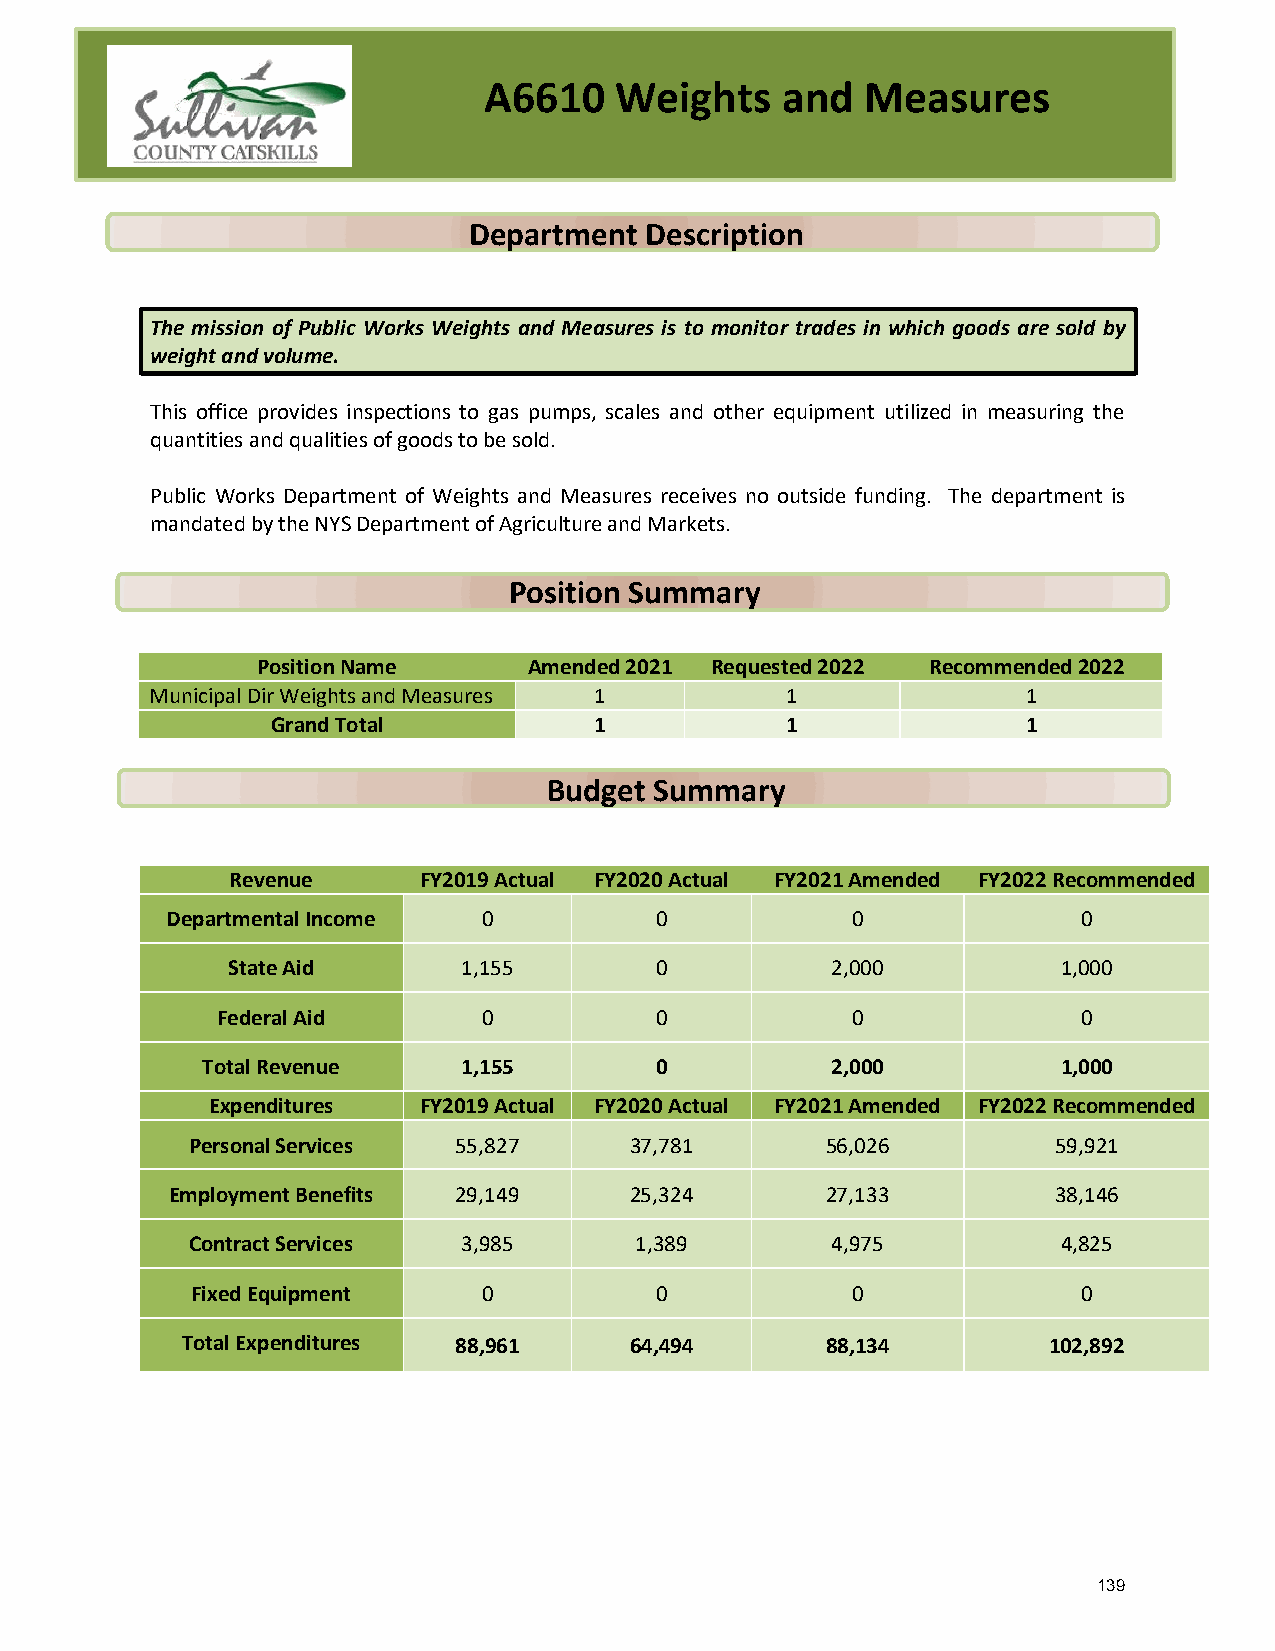
A6610    Weights    and  Measures
 Department  Description
 The mission of Public Works Weights and Measures is to monitor trades in which goods are sold by
 weight and volume.
 This office provides inspections to gas pumps, scales and other equipment utilized in measuring the
 quantities and qualities of goods to be sold.
 Public Works Department of Weights and Measures receives no outside funding. The department is
 mandated by the NYS Department of Agriculture and Markets.
 Position Summary
 Position Name     Amended 2021 Requested 2022 Recommended 2022
 Municipal Dir Weights and Measures 1      1               1
 Grand Total          1            1               1
 Budget Summary
 Revenue      FY2019 Actual FY2020 Actual FY2021 Amended FY2022 Recommended
 Departmental Income  0          0            0               0
 State Aid       1,155       0           2,000          1,000
 Federal Aid       0          0            0               0
 Total Revenue     1,155       0           2,000          1,000
 Expenditures  FY2019 Actual FY2020 Actual FY2021 Amended FY2022 Recommended
 Personal Services 55,827      37,781       56,026         59,921
 Employment Benefits 29,149     25,324       27,133         38,146
 Contract Services  3,985      1,389        4,975          4,825
 Fixed Equipment    0          0            0               0
 Total Expenditures 88,961     64,494       88,134        102,892
 139